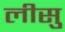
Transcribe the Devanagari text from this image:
लीसु